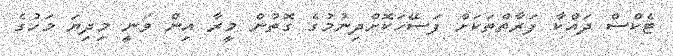
ޓެކްސް ދައްކާ ފަރާތްތަކަށް ފަސޭހަކޮށްދިނުމުގެ ގޮތުން މީރާ އިން ވަނީ މިދިޔަ މަހުގެ